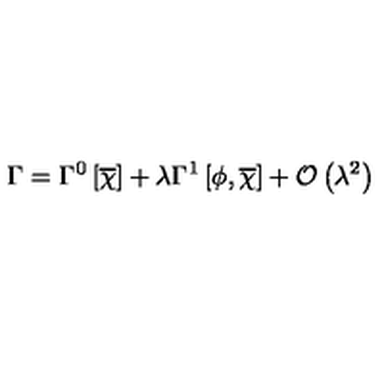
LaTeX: \Gamma = \Gamma ^ { 0 } \left[ \overline { { \chi } } \right] + \lambda \Gamma ^ { 1 } \left[ \phi , \overline { { \chi } } \right] + { \mathcal O } \left( \lambda ^ { 2 } \right)